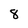
Character: 8